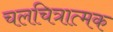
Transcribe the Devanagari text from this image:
चलचित्रात्मक